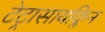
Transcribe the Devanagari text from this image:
टेट्रासायक्लिन